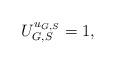
LaTeX: \begin{align*}U^{u_{G,S}}_{G,S}=1,\end{align*}